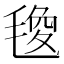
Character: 𭯟